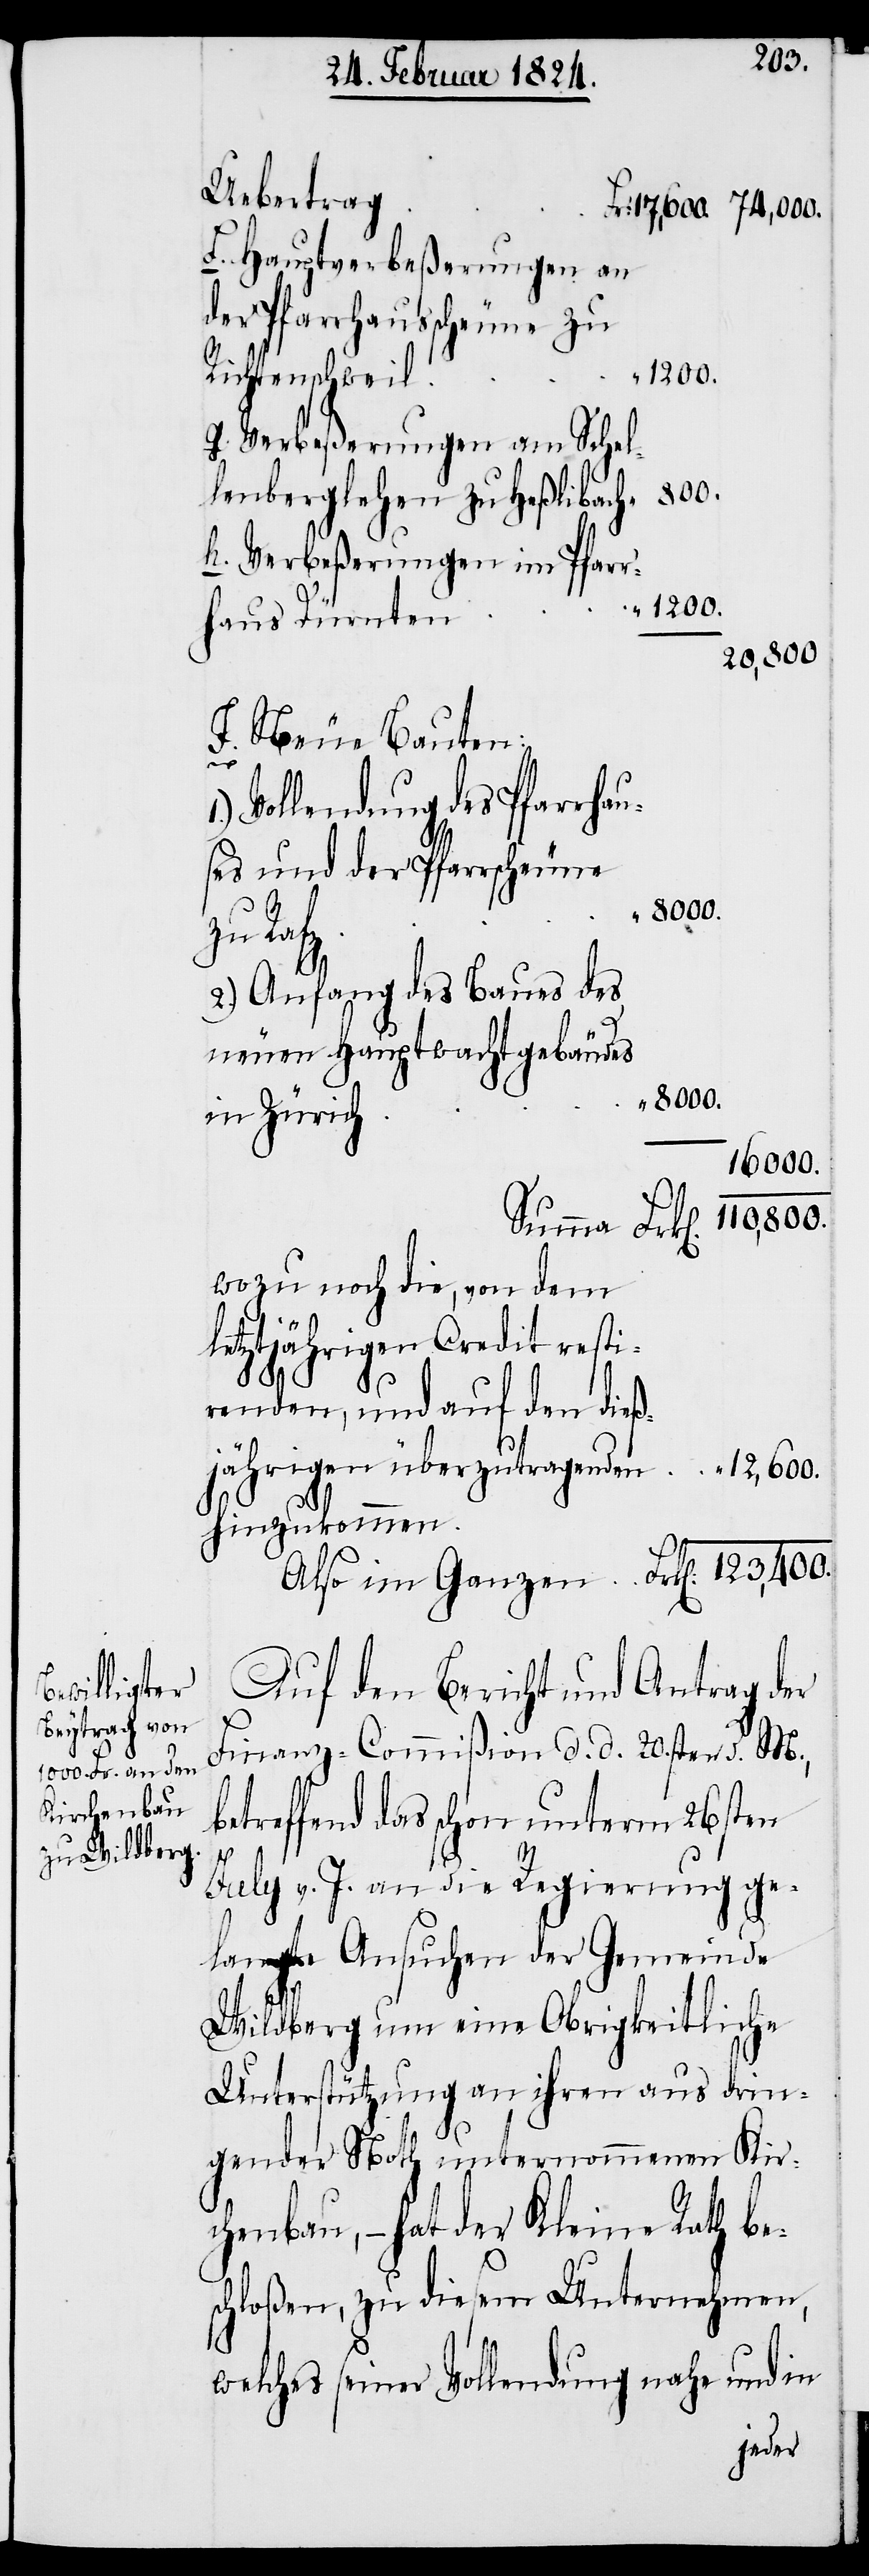
800.
Uebertrag
f.) Hauptverbeßerungen an
der Pfarrscheune zu
1'200.
Richtenschweil
g.) Verbeßerungen am Schel¬
lenberglehen zu Heßlibach
h.) Verbeßerungen im Pfarr¬
haus Dürnten
F) Neue Bauten:
k[en].
Vollendung des Pfarrhau¬
ses und der Pfarrscheune
zu Rafz
2.) Anfang des Baues des
neuen Hauptwachtgebäudes
in Zürich
16'000.
110'800.
Summa Fr¬
Wozu noch die, von dem
letztjährigen Credit resti¬
renden, und auf den dieß¬
jährigen überzutragenden
hinzukommen
Also im Ganzen Frk[en].
Auf den Bericht und Antrag der
Finanz-Commißion d. d. 20sten d. M.,
betreffend das schon unterm 26sten
July v. J. an die Regierung ge¬
langte Ansuchen der Gemeinde
Wildberg um eine Obrigkeitliche
Unterstützung an ihren aus drin¬
gender Noth unternommenen Kir¬
chenbau, – hat der Kleine Rath bes¬
chloßen, zu diesem Unternehmen,
welches seiner Vollendung nahe und in